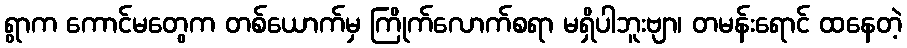
ရွာက ကောင်မတွေက တစ်ယောက်မှ ကြိုက်လောက်စရာ မရှိပါဘူးဗျာ၊ တမန်းရောင် ထနေတဲ့